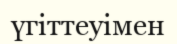
үгіттеуімен